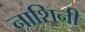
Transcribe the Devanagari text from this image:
नाशिनी